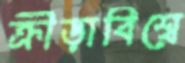
ক্রীড়াবিশ্বে